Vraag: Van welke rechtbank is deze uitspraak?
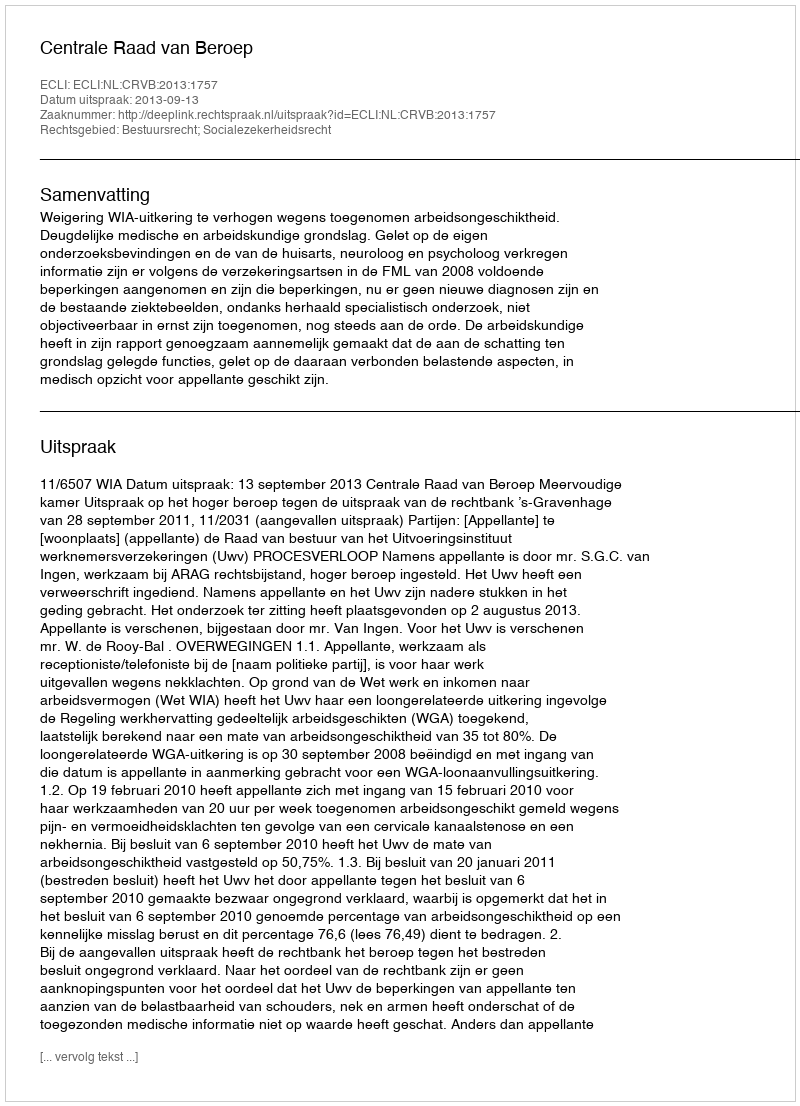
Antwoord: Centrale Raad van Beroep